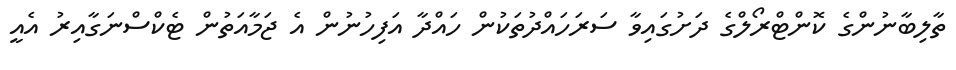
ތާލިބާނުންގެ ކޮންޓްރޯލްގެ ދަށުގައިވާ ސަރަހައްދުތަކުން ހައްދާ އަފިހުނުން އެ ޖަމާއަތުން ޓެކްސްނަގާއިރު އެއީ